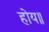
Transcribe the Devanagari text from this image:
होय॥